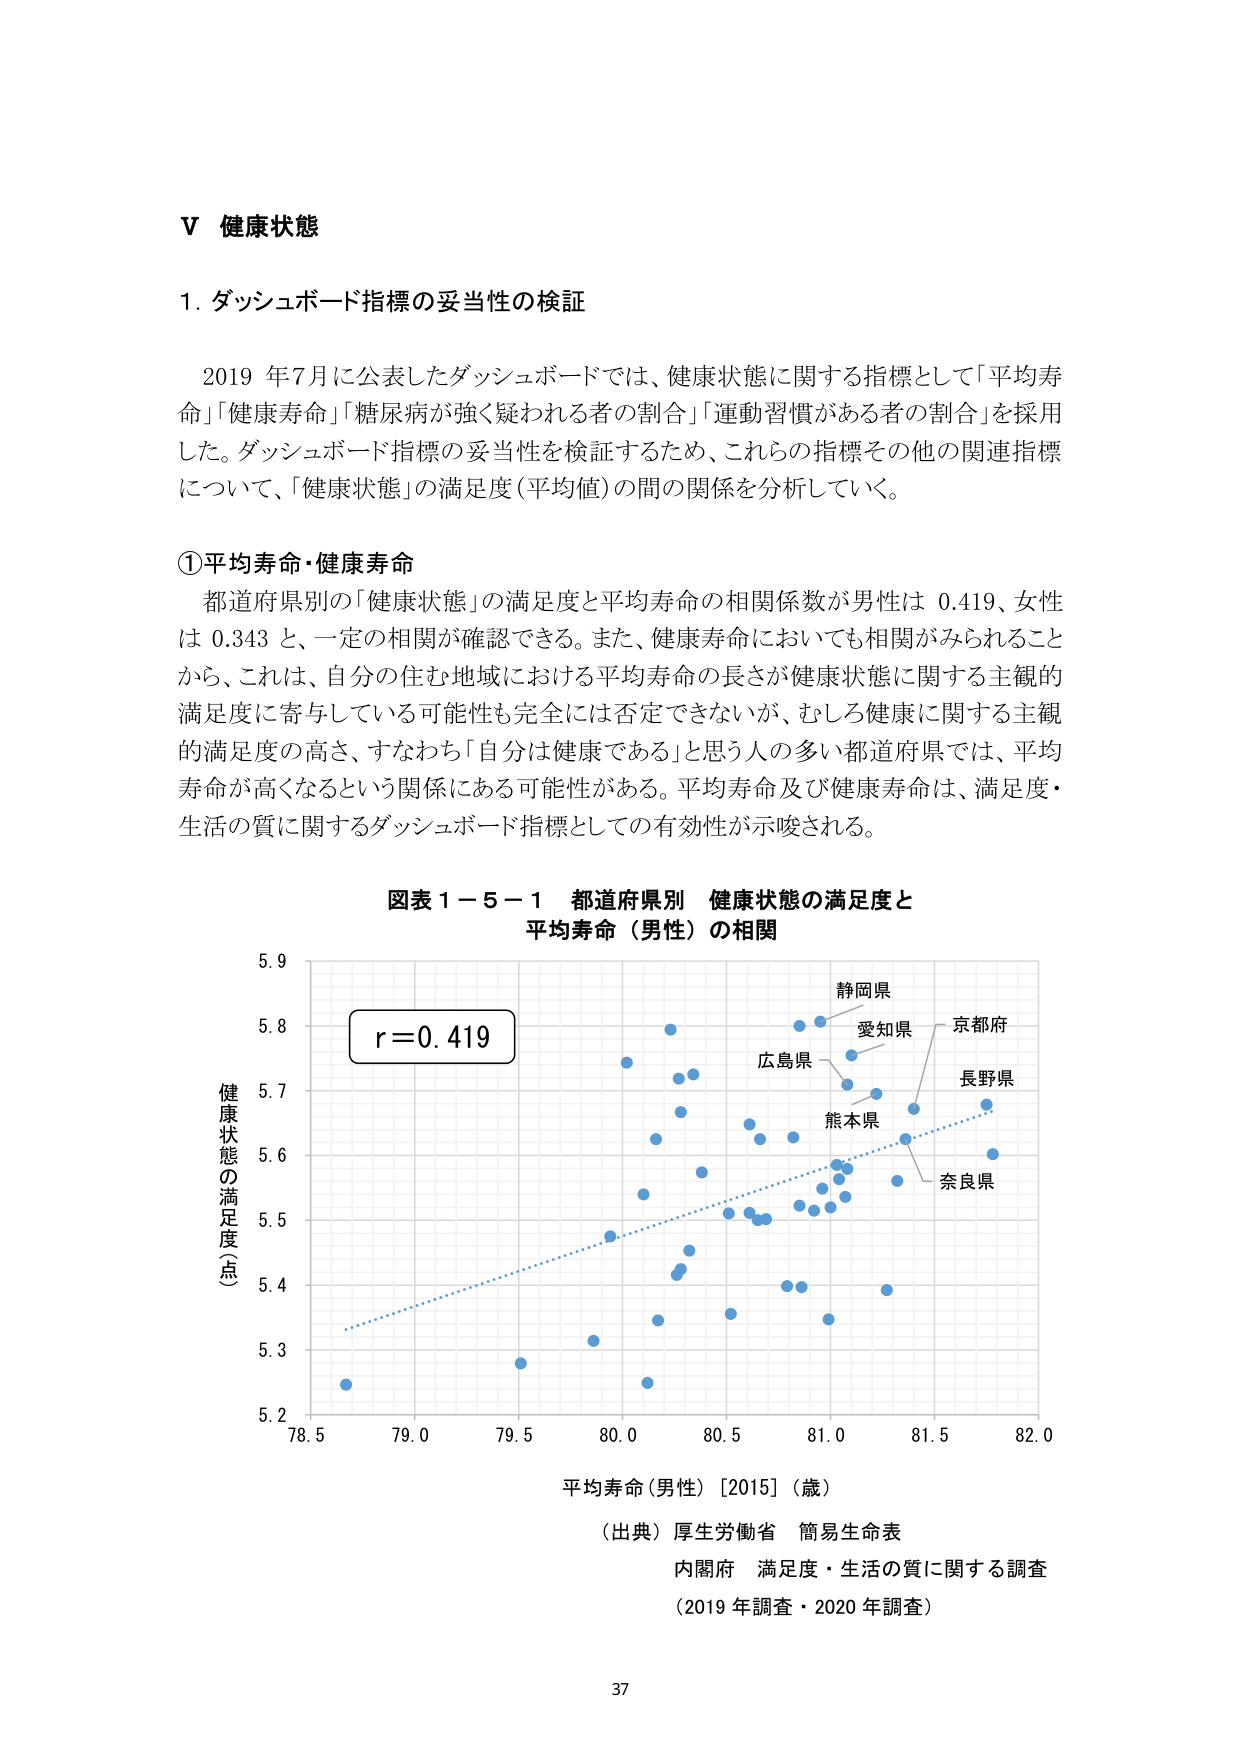
V 健康状態

1. ダッシュボード指標の妥当性の検証

2019 年7月に公表したダッシュボードでは、健康状態に関する指標として「平均寿命」「健康寿命」「糖尿病が強く疑われる者の割合」「運動習慣がある者の割合」を採用した。ダッシュボード指標の妥当性を検証するため、これらの指標その他の関連指標について、「健康状態」の満足度（平均値）の間の関係を分析していく。

①平均寿命・健康寿命

都道府県別の「健康状態」の満足度と平均寿命の相関係数が男性は 0.419、女性は 0.343 と、一定の相関が確認できる。また、健康寿命においても相関がみられることから、これは、自分の住む地域における平均寿命の長さが健康状態に関する主観的満足度に寄与している可能性も完全には否定できないが、むしろ健康に関する主観的満足度の高さ、すなわち「自分は健康である」と思う人の多い都道府県では、平均寿命が高くなるという関係にある可能性がある。平均寿命及び健康寿命は、満足度・生活の質に関するダッシュボード指標としての有効性が示唆される。

図表 1－5－1 都道府県別 健康状態の満足度と
平均寿命（男性）の相関

r=0.419

健康状態の満足度（点）
5.9
5.8
5.7
5.6
5.5
5.4
5.3
5.2

平均寿命（男性）［2015］（歳）
78.5 79.0 79.5 80.0 80.5 81.0 81.5 82.0

静岡県
愛知県
京都府
広島県
長野県
熊本県
奈良県

（出典）厚生労働省 簡易生命表
内閣府 満足度・生活の質に関する調査
（2019 年調査・2020 年調査）

37